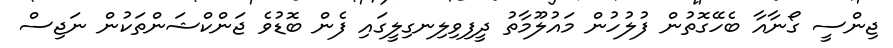
ޖިންސީ ގޯނާއާ ބެހޭގޮތުން ފުލުހުން މައުލޫމާތު ދީފިވިލިނގިލީގައި ފެން ބޮޑުވެ ޖަންކްޝަންތަކުން ނަޖިސް